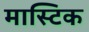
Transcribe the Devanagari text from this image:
मास्टिक